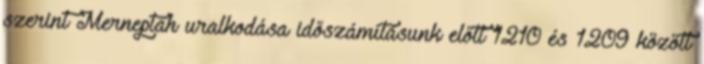
szerint Merneptah uralkodása időszámításunk előtt 1210 és 1209 között